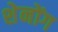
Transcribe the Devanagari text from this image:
शेनोंग